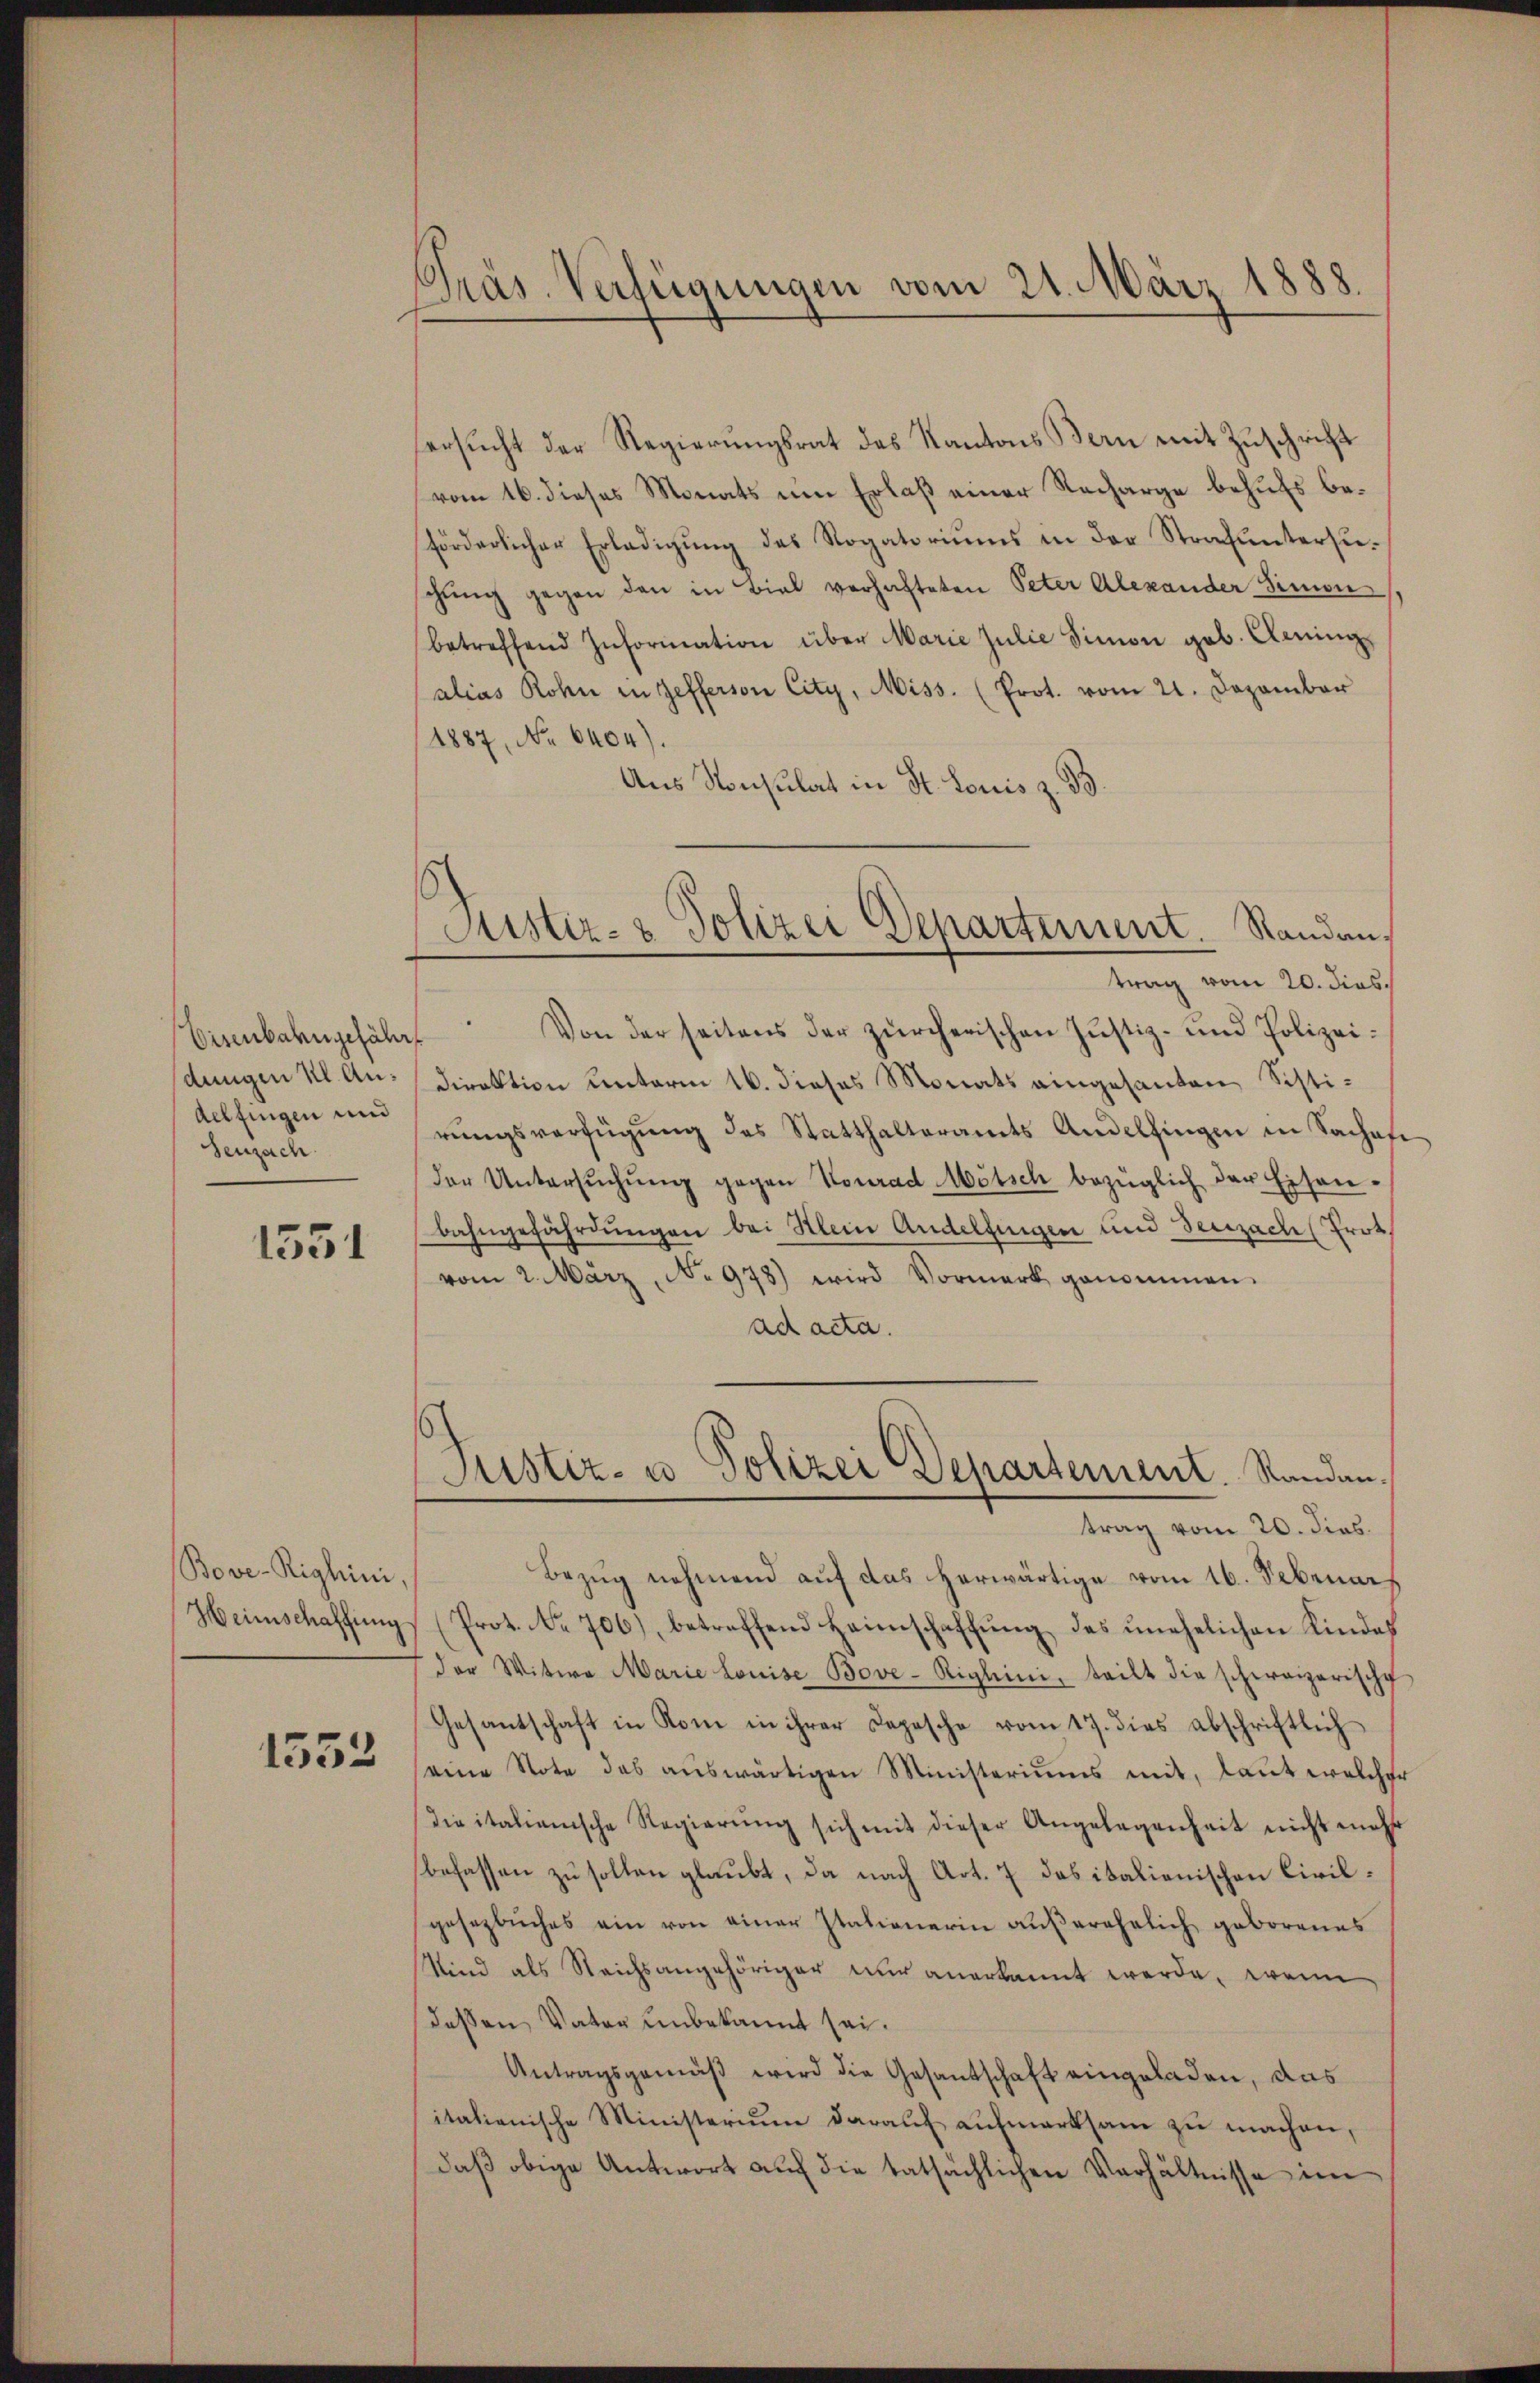
dungen Kl. An¬
Aelfingen und
Seuzach.

1531

Bove-Righini,

1552

Präs. Verfügungen vom 21. März 1888.

ersucht der Regierungsrat des Kantons Bern mit Zuschrift
vom 16. dieses Monats um Erlaß einer Recharge behufs beförderlicher Erledigŭng des Rogatoriŭms in der Strafŭntersuschŭng gegen den in Biel verhafteten Peter Alexander Simon
betreffend Information über Marie Julie Simon geb. Aeming
alias Rohn in Gefferson City, Miss. (Prot. vom 21. Dezember
/1887, No 6404).
Aus Konsulat in St. Louis z. B.
trag vom 20. dies
Eisenbahngefähr Von der seitens der zürcherischen Justiz- und Polizei¬
Direktion unterm 16. dieses Monats eingesanten Sistirungsverfügung des Statthalteramts Andelfingen in Sachet
der Untersŭchŭng gegen Konrad Mötsch bezüglich der Eisen-
bahngefährdungen bei Klein Andelfingen und Seuzach (Prot.
vom 2. März, No 978) wird Vormerk genommen.
ad acta.
Justiz- u. Polizei Departement. Randantrag vom 20. dies
Bezug nehmend auf das herwärtige vom 16. Sebenar
Heimschaffung (Prot. No. 706), betreffend Heimschaffung des unehelichen Kindes
der Witwe Marie Louise Bove-Righini, teilt die schweizerische
Gesantschaft in Rom in ihrer Depesche vom 17. dies abschriftlich
seine Note das aŭswärtigen Ministeriums mit, laŭt welche
die italienische Regierŭng sich mit dieser Angelegenheit nicht mehr
befassen zu sollen glaubt, da nach Art. 7 das italienischen Civilgesezbŭches ein von einer Italienerin aŭβerehelich geborenes
Wind als Reichsangehöriger nur anerkannt werde, wenn
deßen Vater unbekannt sei.
Antragsgemäß wird die Gesantschaft eingeladen, das
italienische Ministerium darauf aufmerksam zu machen,
daß obige Antwort auf die tatsächlichen Verhältnisse im

Justiz- & Polizei Departement. Standan¬